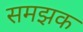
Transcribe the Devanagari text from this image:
समझक